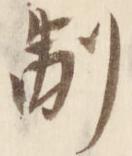
制